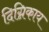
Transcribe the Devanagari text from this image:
दिग्निकाय